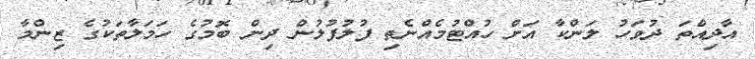
އާދިއްތަ ދުވަހު ލަންކާ އަށް ހުއްޓުމެއްނެތި ފުލުފުލުން ދިން ބޮމުގެ ހަމަލާތަކުގެ ޒިންމާ